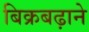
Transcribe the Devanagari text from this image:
बिक्रबढ़ाने